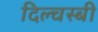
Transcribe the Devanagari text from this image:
दिल्चस्बी